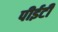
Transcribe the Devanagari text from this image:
पीईटी